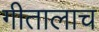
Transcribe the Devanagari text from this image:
गीतालाच